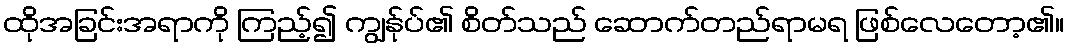
ထိုအခြင်းအရာကို ကြည့်၍ ကျွန်ုပ်၏ စိတ်သည် ဆောက်တည်ရာမရ ဖြစ်လေတော့၏။